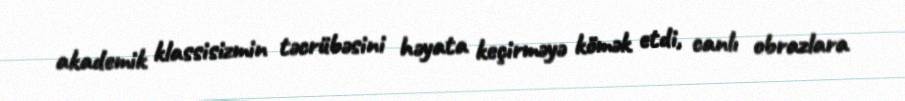
akademik klassisizmin təcrübəsini həyata keçirməyə kömək etdi, canlı obrazlara